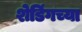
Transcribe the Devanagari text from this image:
शेडिंगच्या